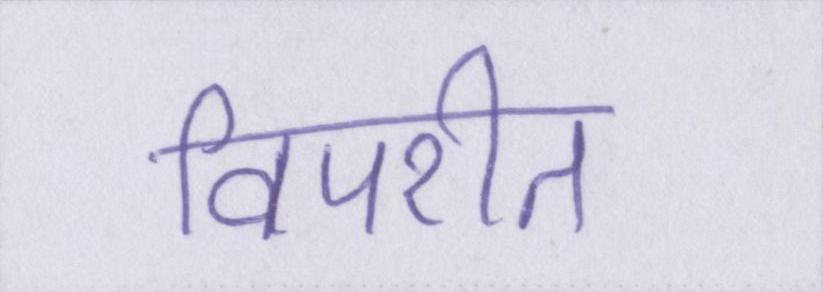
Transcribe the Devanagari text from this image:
विपरीत